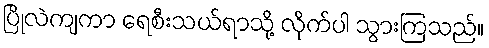
ပြိုလဲကျကာ ရေစီးသယ်ရာသို့ လိုက်ပါ သွားကြသည်။